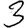
Digit: 3